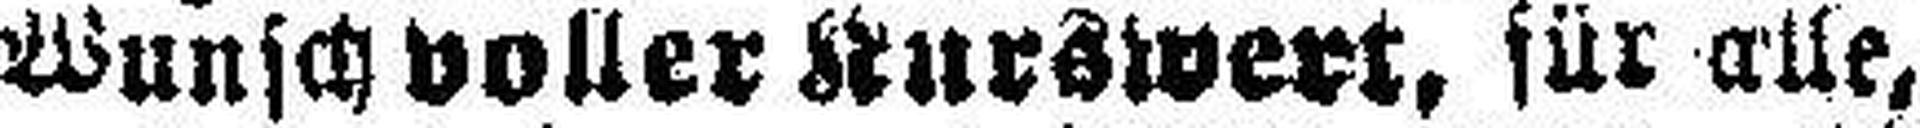
Wunsch voller Kurswert, für alle,